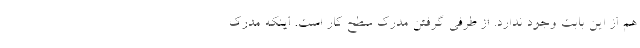
هم از این بابت وجود ندارد. از طرفی گرفتن مدرک سطح کار است. اینکه مدرک